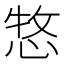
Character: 𢛮